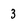
Character: 3